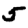
Digit: 5